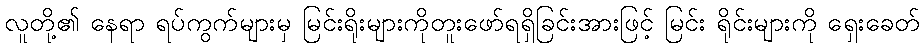
လူတို့၏ နေရာ ရပ်ကွက်များမှ မြင်းရိုးများကိုတူးဖော်ရရှိခြင်းအားဖြင့် မြင်း ရိုင်းများကို ရှေးခေတ်